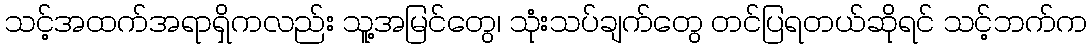
သင့်အထက်အရာရှိကလည်း သူ့အမြင်တွေ၊ သုံးသပ်ချက်တွေ တင်ပြရတယ်ဆိုရင် သင့်ဘက်က